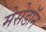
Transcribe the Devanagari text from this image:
मेसेडॉन